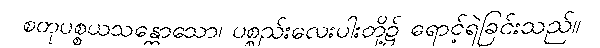
စတုပစ္စယသန္တောသော၊ ပစ္စည်းလေးပါးတို့၌ ရောင့်ရဲခြင်းသည်။